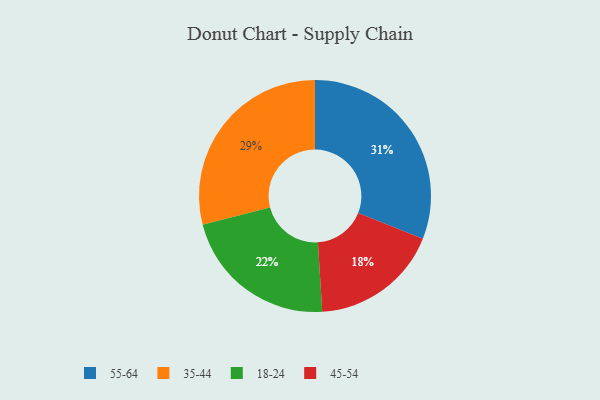
{"axis": {"x": "Category", "y": "Percentage"}, "legend": ["18-24", "35-44", "45-54", "55-64"], "data": [{"x": "45-54", "y": 18, "type": "45-54"}, {"x": "18-24", "y": 22, "type": "18-24"}, {"x": "35-44", "y": 29, "type": "35-44"}, {"x": "55-64", "y": 31, "type": "55-64"}]}